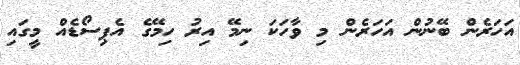
އަހަރެން ބޭނުން އަހަރެން މި ވާހަކަ ނިމޭ އިރު ހިމޭގެ އެޕިސޯޑެއް މީގައި